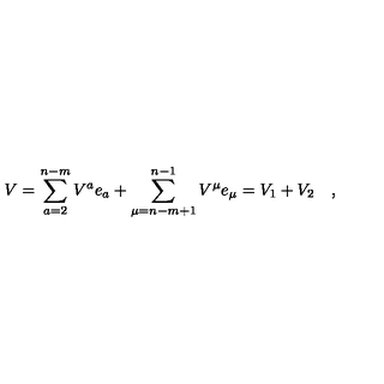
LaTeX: V = \sum _ { a = 2 } ^ { n - m } V ^ { a } e _ { a } + \sum _ { \mu = n - m + 1 } ^ { n - 1 } V ^ { \mu } e _ { \mu } = V _ { 1 } + V _ { 2 } \quad ,